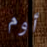
أوم